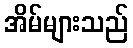
အိမ်များသည်